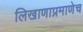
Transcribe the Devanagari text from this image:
लिखाणाप्रमाणेच